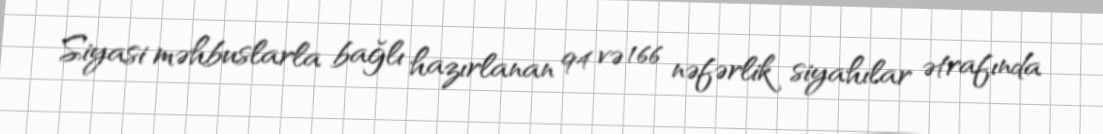
Siyasi məhbuslarla bağlı hazırlanan 94 və 166 nəfərlik siyahılar ətrafında